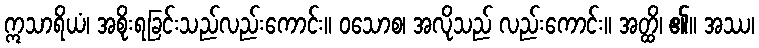
ဣသာရိယံ၊ အစိုးရခြင်းသည်လည်းကောင်း။ ဝသောစ၊ အလိုသည် လည်းကောင်း။ အတ္ထိ၊ ၏။ အဿ၊